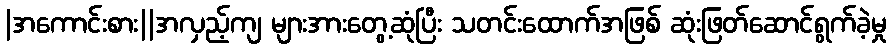
|အကောင်းစား||အလှည့်ကျ များအားတွေ့ဆုံပြီး သတင်းထောက်အဖြစ် ဆုံးဖြတ်ဆောင်ရွက်ခဲ့မှု